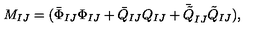
M _ { I J } = ( \bar { \Phi } _ { I J } \Phi _ { I J } + \bar { Q } _ { I J } Q _ { I J } + \bar { \tilde { Q } } _ { I J } \tilde { Q } _ { I J } ) ,